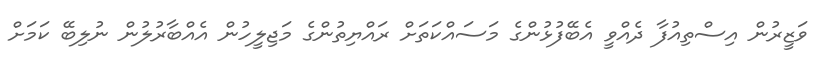
ވަޒީރުން އިސްތިއުފާ ދެއްވީ އެބޭފުޅުންގެ މަސައްކަތަށް ރައްޔިތުންގެ މަޖިލީހުން އެއްބާރުލުން ނުލިބޭ ކަމަށް